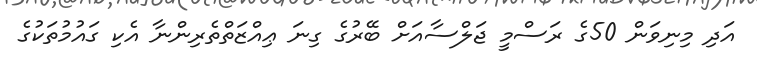
އަދި މިނިވަން 50ގެ ރަސްމީ ޖަލްސާއަށް ބޭރުގެ ގިނަ ޢިއްޒަތްތެރިންނާ އެކި ގައުމުތަކުގެ